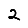
Digit: 2